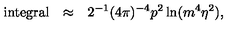
\begin{array} { r c l } { \mathrm { i n t e g r a l } } & { \approx } & { \displaystyle 2 ^ { - 1 } ( 4 \pi ) ^ { - 4 } p ^ { 2 } \ln ( m ^ { 4 } \eta ^ { 2 } ) , } \\ \end{array}